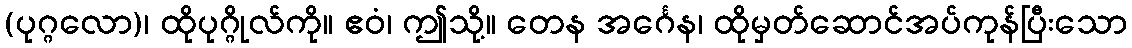
(ပုဂ္ဂလော)၊ ထိုပုဂ္ဂိုလ်ကို။ ဧဝံ၊ ဤသို့။ တေန အင်္ဂေန၊ ထိုမှတ်ဆောင်အပ်ကုန်ပြီးသော